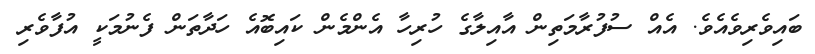
ބައިވެރިވެއެވެ. އެއް ސުފުރާމަތިން އާއިލާގެ ހުރިހާ އެންމެން ކައިބޮއެ ހަދާތަން ފެނުމަކީ އުފާވެރި